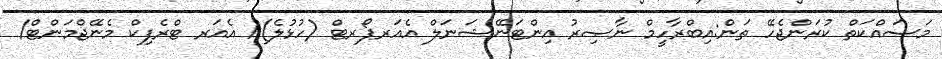
މަސައްކަތް ކުރަންޖެހޭ ތަން:އިބްރާހީމް ނާޞިރު އިންޓަނޭޝަނަލް އެއަރޕޯރޓް (ހުޅުލެ)/ އެއަރ ޓްރެފިކް މެނޭޖްމަންޓް/